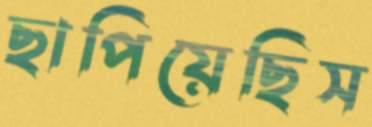
ছাপিয়েছিস